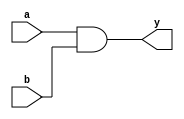
module aand(input wire a,b,output wire y);
assign y = a & b;
endmodule